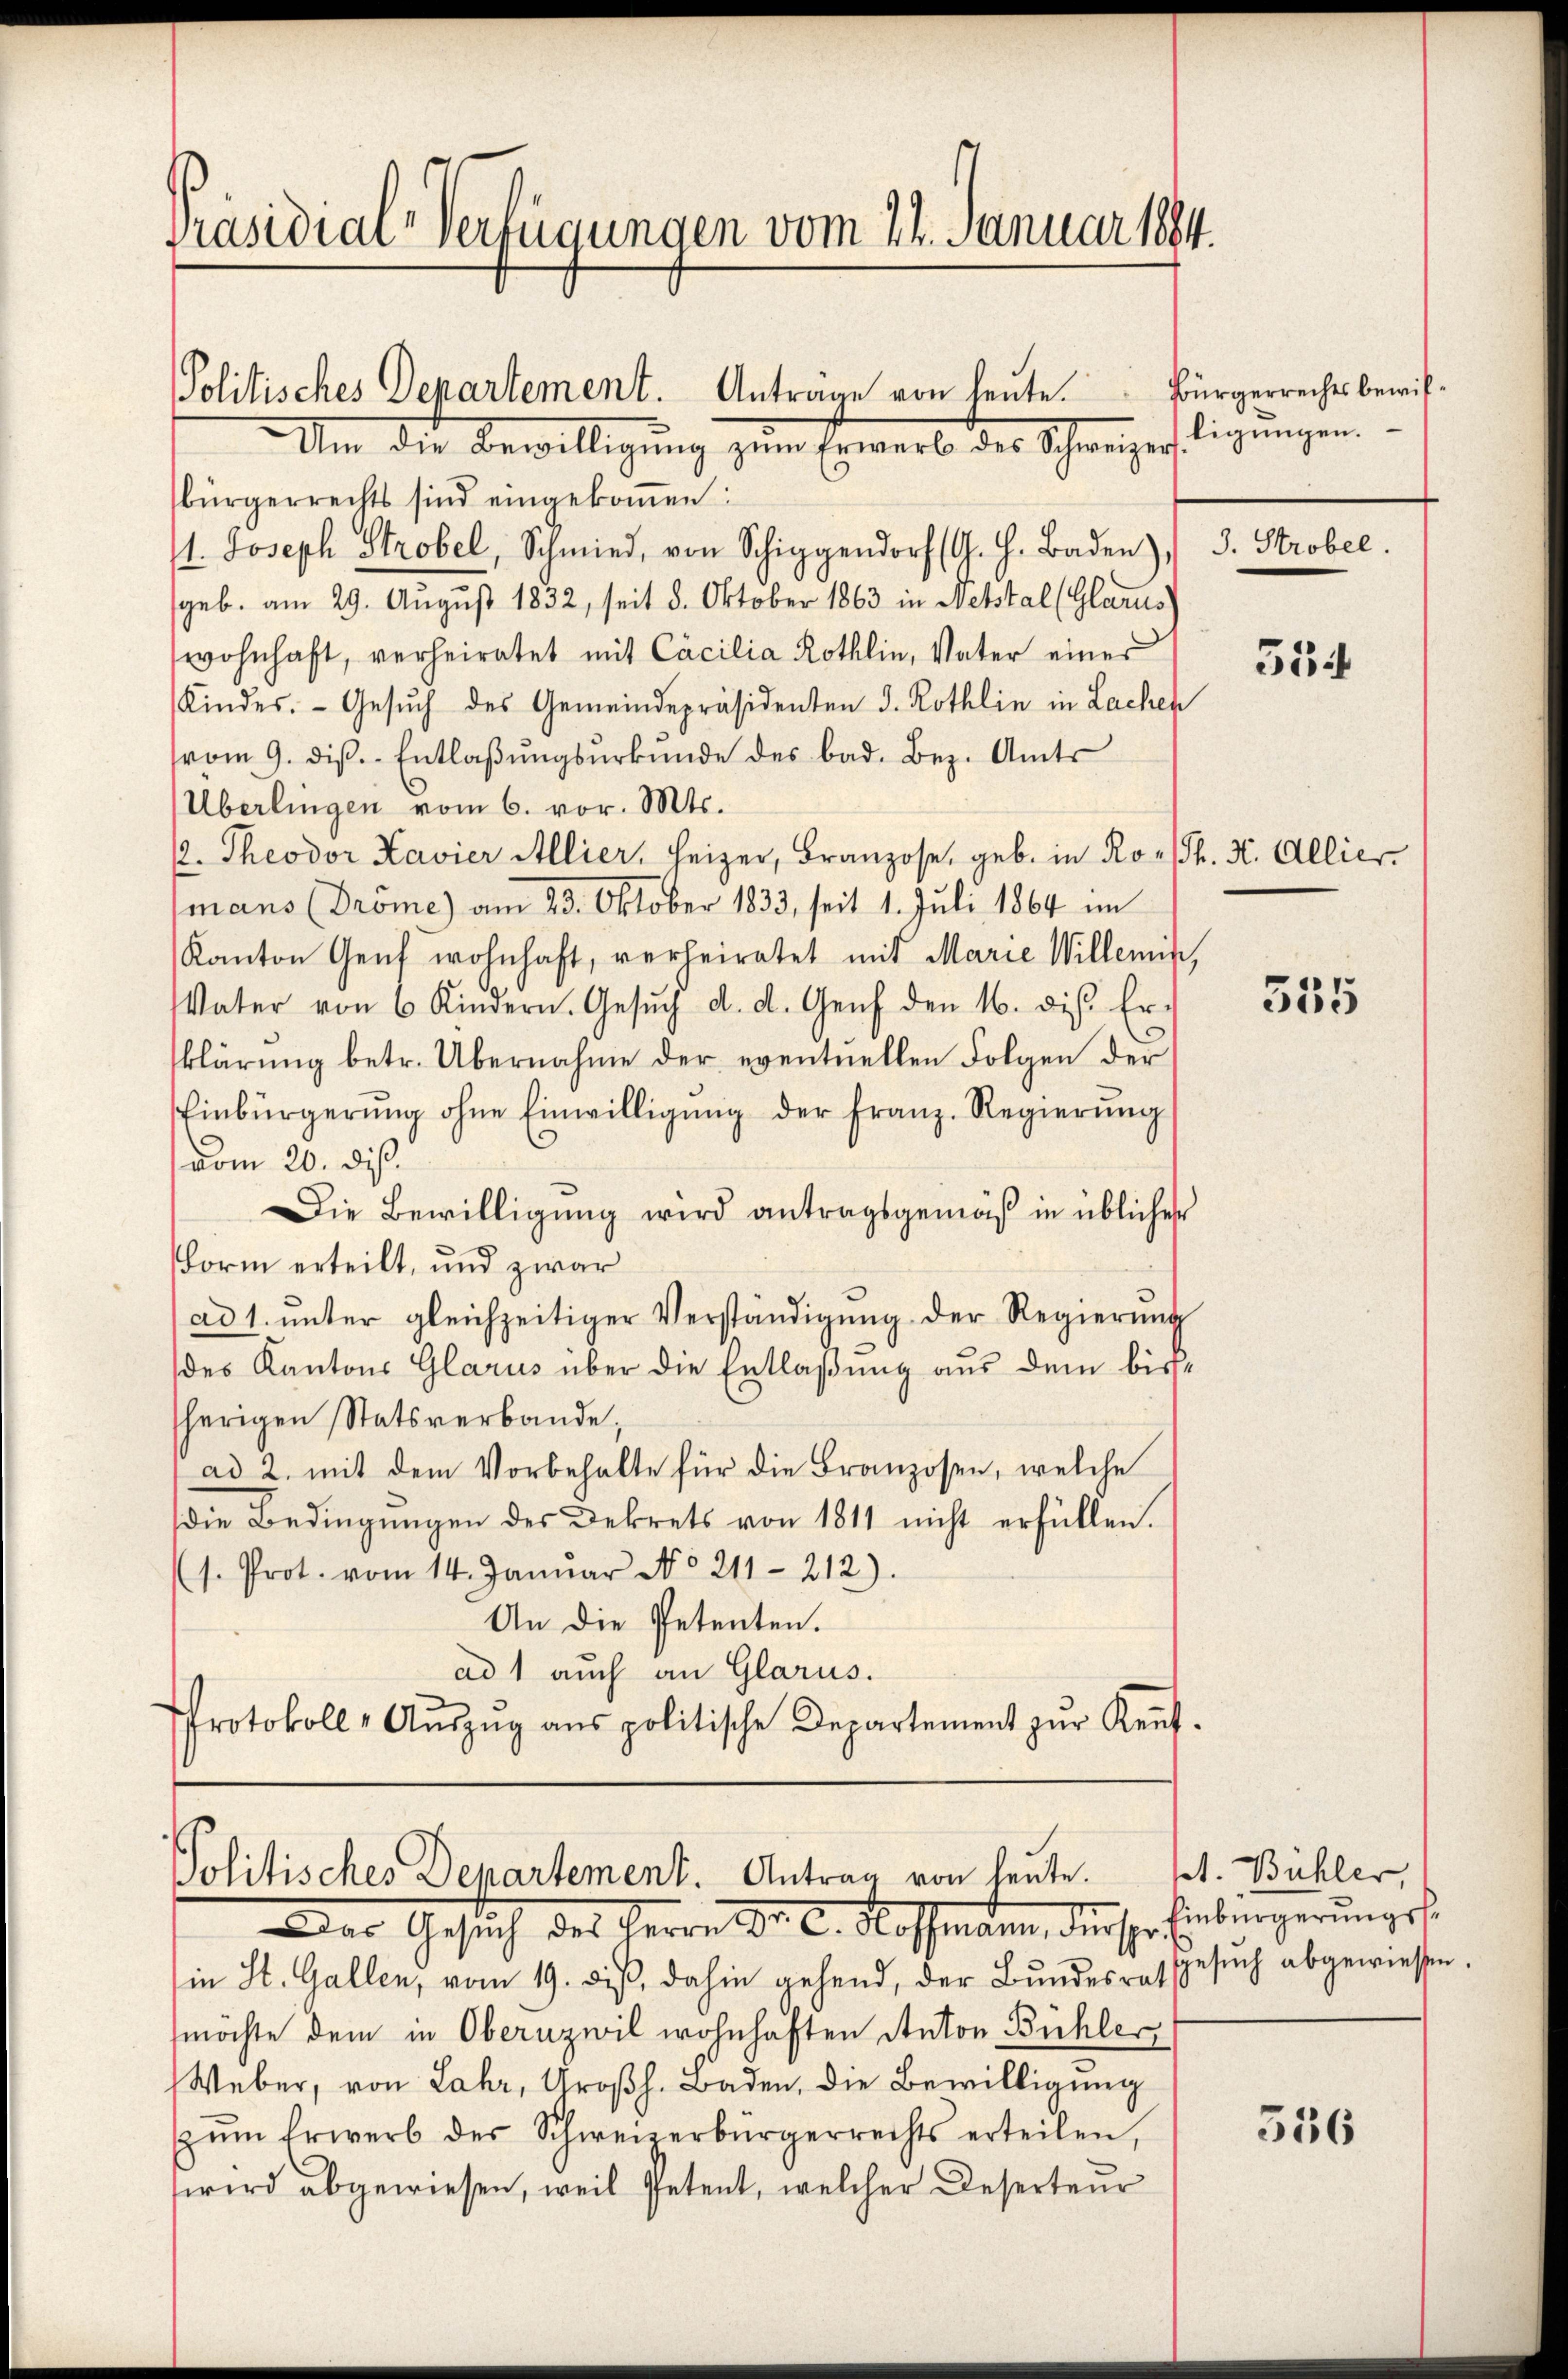
Präsidial-Verfügungen vom 24. Januar 1884.

Politisches Departement. Antrage von heute.
Um die Bewilligung zum Erwerb der Schweizertigungen

bürgerrechts sind eingekoṁen.
1. Joseph Strobel, Schmied, von Schigendorf (G. H. Baden), S. Strobel.
geb. am 29. August 1832, seit 8. Oktober 1863 in Metstal (Glarus
wohnhaft, verheiratet mit Cacilia Röthlin, Vater eines
Kindes. Gesŭch des Gemeindepräsidenten d. Röthlin in Lachen
vom 9. diβ. Entlaβŭngsŭrkŭnde des bad. Bez. Amts
Überlingen vom 6. vor. Mts.
. Theodor Kavier Allier, Heizer, Franzose, geb. in Ro- (T. K. Allier.
mans (Dröme) am 23. Oktober 1833, seit 1. Juli 1864 im
Kanton Genf wohnhaft, verheiratet mit Marie Willen,
Vater von 6 Kindern. Gesŭch d. d. Genf den 16. diβ Er-
klärung betr. Übernahme der eventuellen Folgen der
Einbürgerŭng ohne Einwilligŭng der Franz-Regierŭng
(vom 20. dieß.
Die Bewilligŭng wird antragsgemäß in übliches
Form erteilt, und zwar
ad 1. ŭnter gleichzeitiger Verständigŭng der Regierŭng
des Kantons Glarus über die Entlaßung aus dem bissherigen Statsverbande,
ad 2. mit dem Vorbehalte für die Branzosen, welche
die Bedingungen des Dekrets von 1811 nicht erfüllen.
(s. Prot. vom 14. Januar No. 211-212).
An die Petenten.
ad 1 auch an Glarus.
Protokoll- Aŭszŭg ans politische Departement zŭr Keŭf-

Politisches Departement. Antrag von heute.
Der Gesuch des Herren Sr. K. Rossenden, dieser

in St. Gallen, vom 19. dieß, dahin gehend, der Bundesratsgesuch abgewiessen,
mochte dem in Obernzwil wohnhaften Anton Bühler,
Weber, von Lahr, Großh. Baden, die Bewilligung
zŭm Erwerb der Schweizerbürgerrechts erteilen,
wird abgewiesen, weil Petent, welcher Deserteur

Bürgerrechts bewil¬

534

355

set. Bühler,
Einbürgerungss¬

556